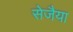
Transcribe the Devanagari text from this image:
सेजैया